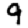
Digit: 9